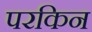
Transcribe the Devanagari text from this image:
परकिन